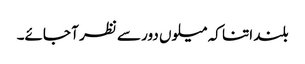
بلند اتنا کہ میلوں دور سے نظر آ جائے۔